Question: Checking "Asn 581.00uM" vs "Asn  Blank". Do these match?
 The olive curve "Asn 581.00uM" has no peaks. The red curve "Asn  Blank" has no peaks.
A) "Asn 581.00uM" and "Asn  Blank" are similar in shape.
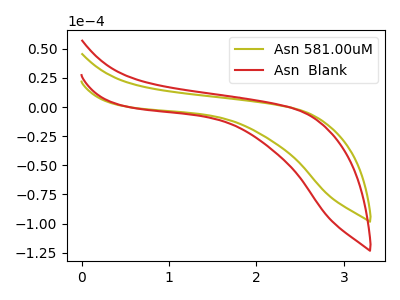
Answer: <think>Neither "Asn 581.00uM" or "Asn  Blank" have any peaks.
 </think>
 <answer>A) "Asn 581.00uM" and "Asn  Blank" are similar in shape.</answer>
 <eval>A</eval>